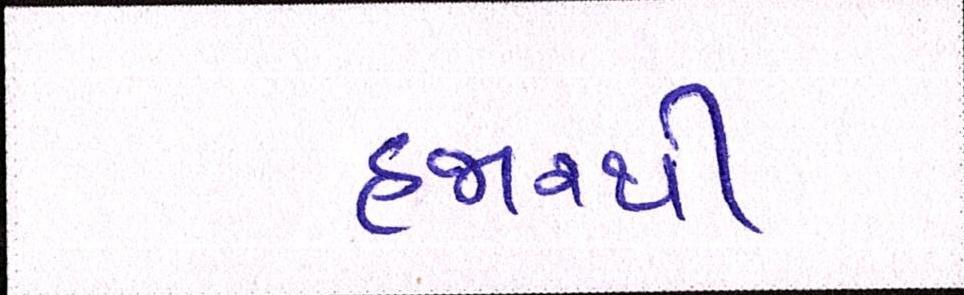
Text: હજારથી